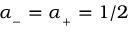
\alpha _ { _ - } = \alpha _ { _ + } = 1 / 2